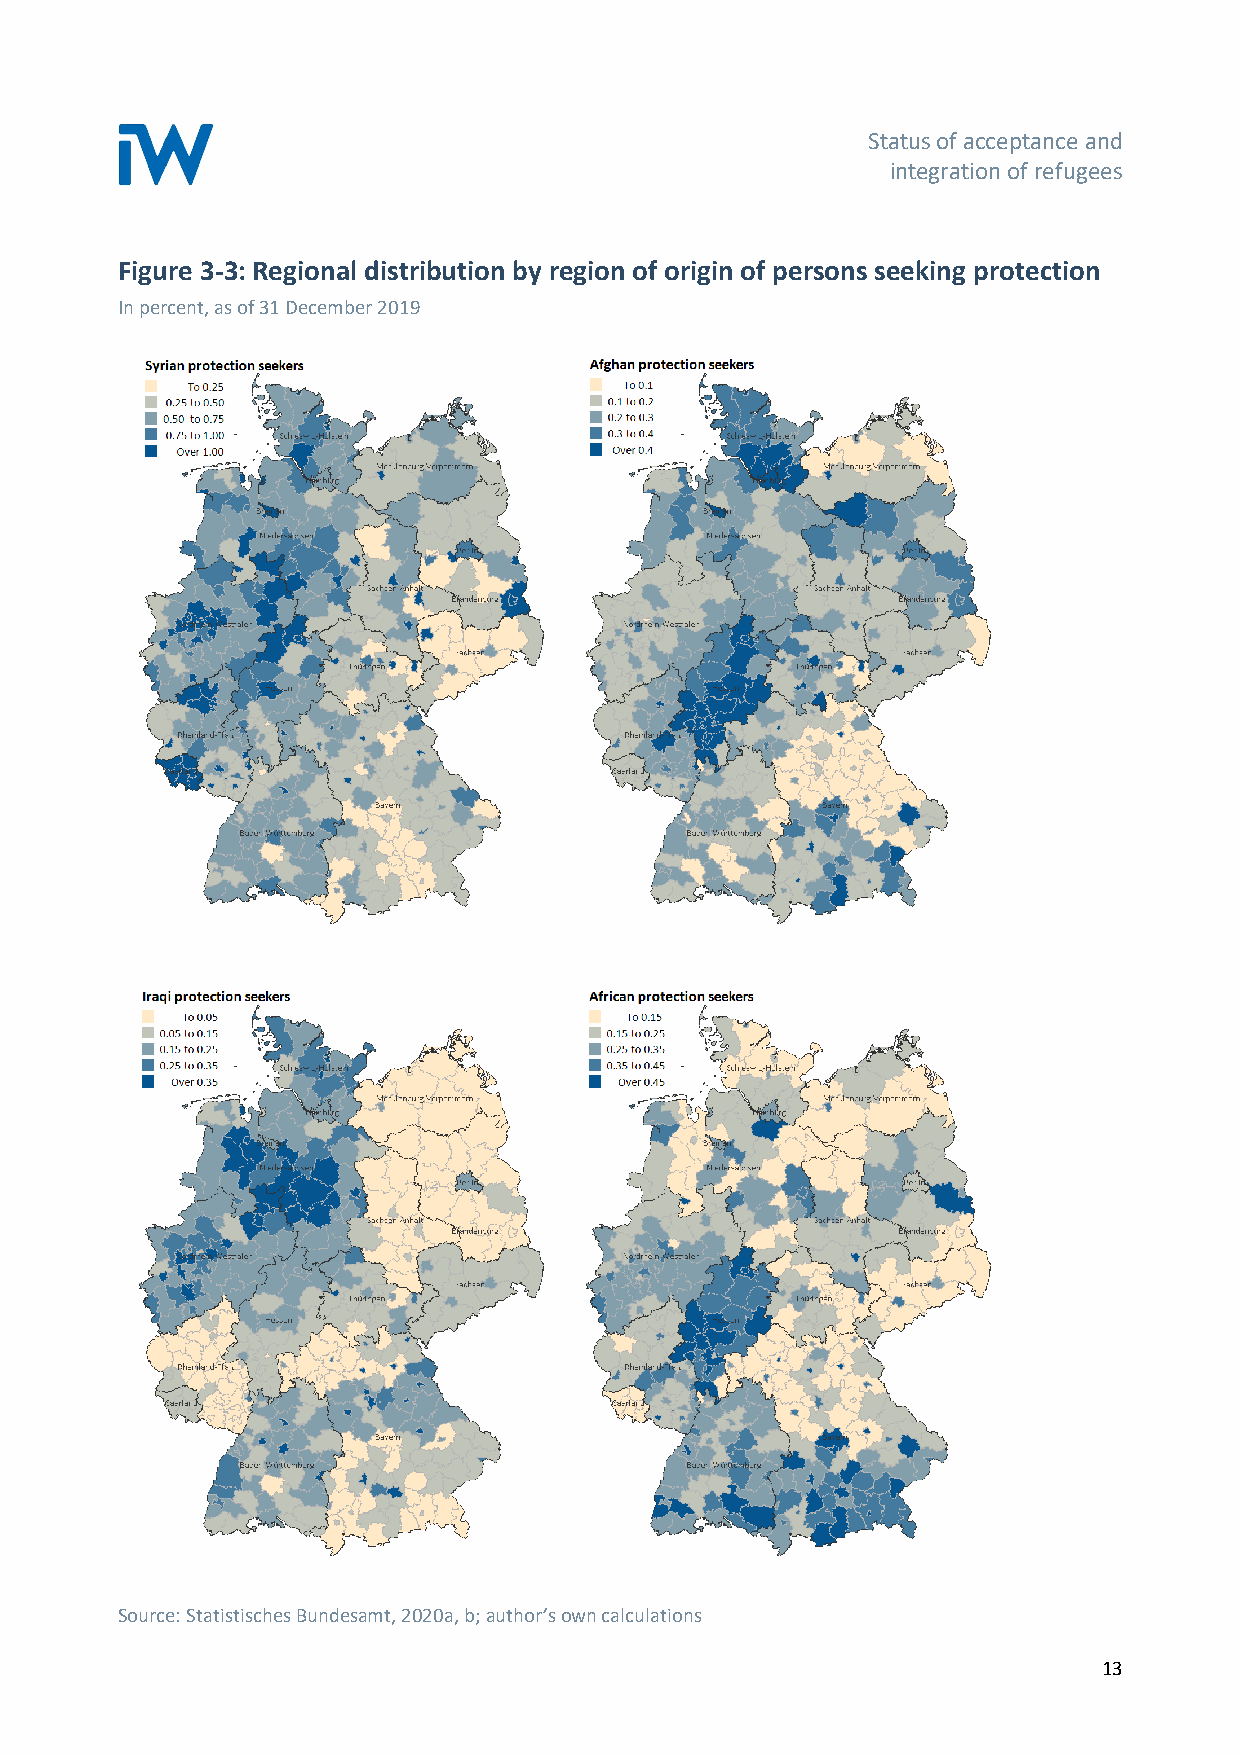
Status of acceptance and
 integration of refugees
 Figure 3-3: Regional distribution by region of origin of persons seeking protection
 In percent, as of 31 December 2019
 Source: Statistisches Bundesamt, 2020a, b; author’s own calculations
 13